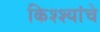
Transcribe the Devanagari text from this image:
किश्श्यांचे